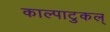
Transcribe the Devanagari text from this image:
काल्पाटुकल्